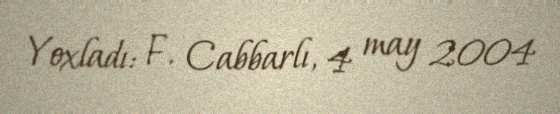
Yoxladı: F. Cabbarlı, 4 may 2004